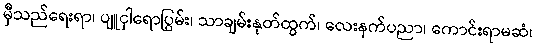
မှီသည်ရေးရာ၊ ပျူငှါရောပြွမ်း၊ သာချမ်းနုတ်ထွက်၊ လေးနက်ပညာ၊ ကောင်းရာမဆံ၊